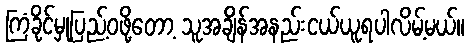
ကြံခိုင်မှုပြည့်ဝဖို့တော့ သူအချိန်အနည်းငယ်ယူရပါလိမ့်မယ်။